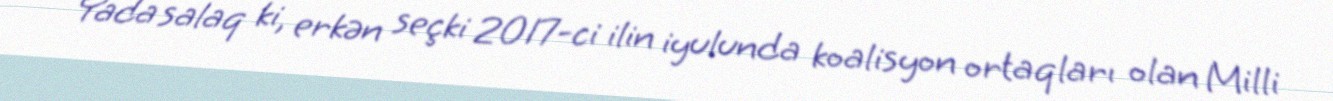
Yada salaq ki, erkən seçki 2017-ci ilin iyulunda koalisyon ortaqları olan Milli